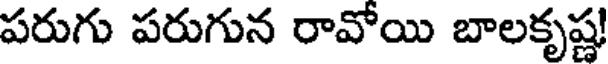
పరుగు పరుగున రావోయి బాలకృష్ణ